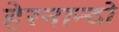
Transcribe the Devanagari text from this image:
हेरनान्दो